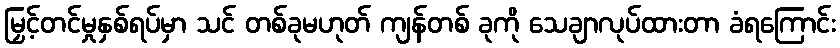
မြှင့်တင်မှုနှစ်ရပ်မှာ သင် တစ်ခုမဟုတ် ကျန်တစ် ခုကို သေချာလုပ်ထားတာ ခံရကြောင်း